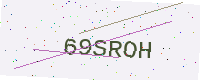
Text: 69SROH